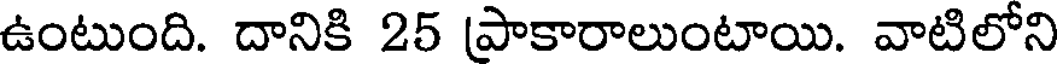
ఉంటుంది. దానికి 25 ప్రాకారాలుంటాయి. వాటిలోని